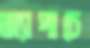
অ্যাপাচে